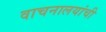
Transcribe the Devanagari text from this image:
वाचनालयांची